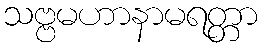
သဗ္ဗမဟာနာမရတ္တာ